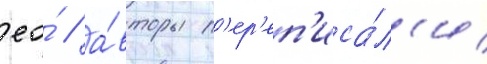
ео́ / а́вторы п'ер'еп'иса́л'и